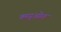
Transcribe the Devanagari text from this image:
क्य्पृओत